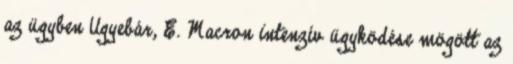
az ügyben Ugyebár, E. Macron intenzív ügyködése mögött az